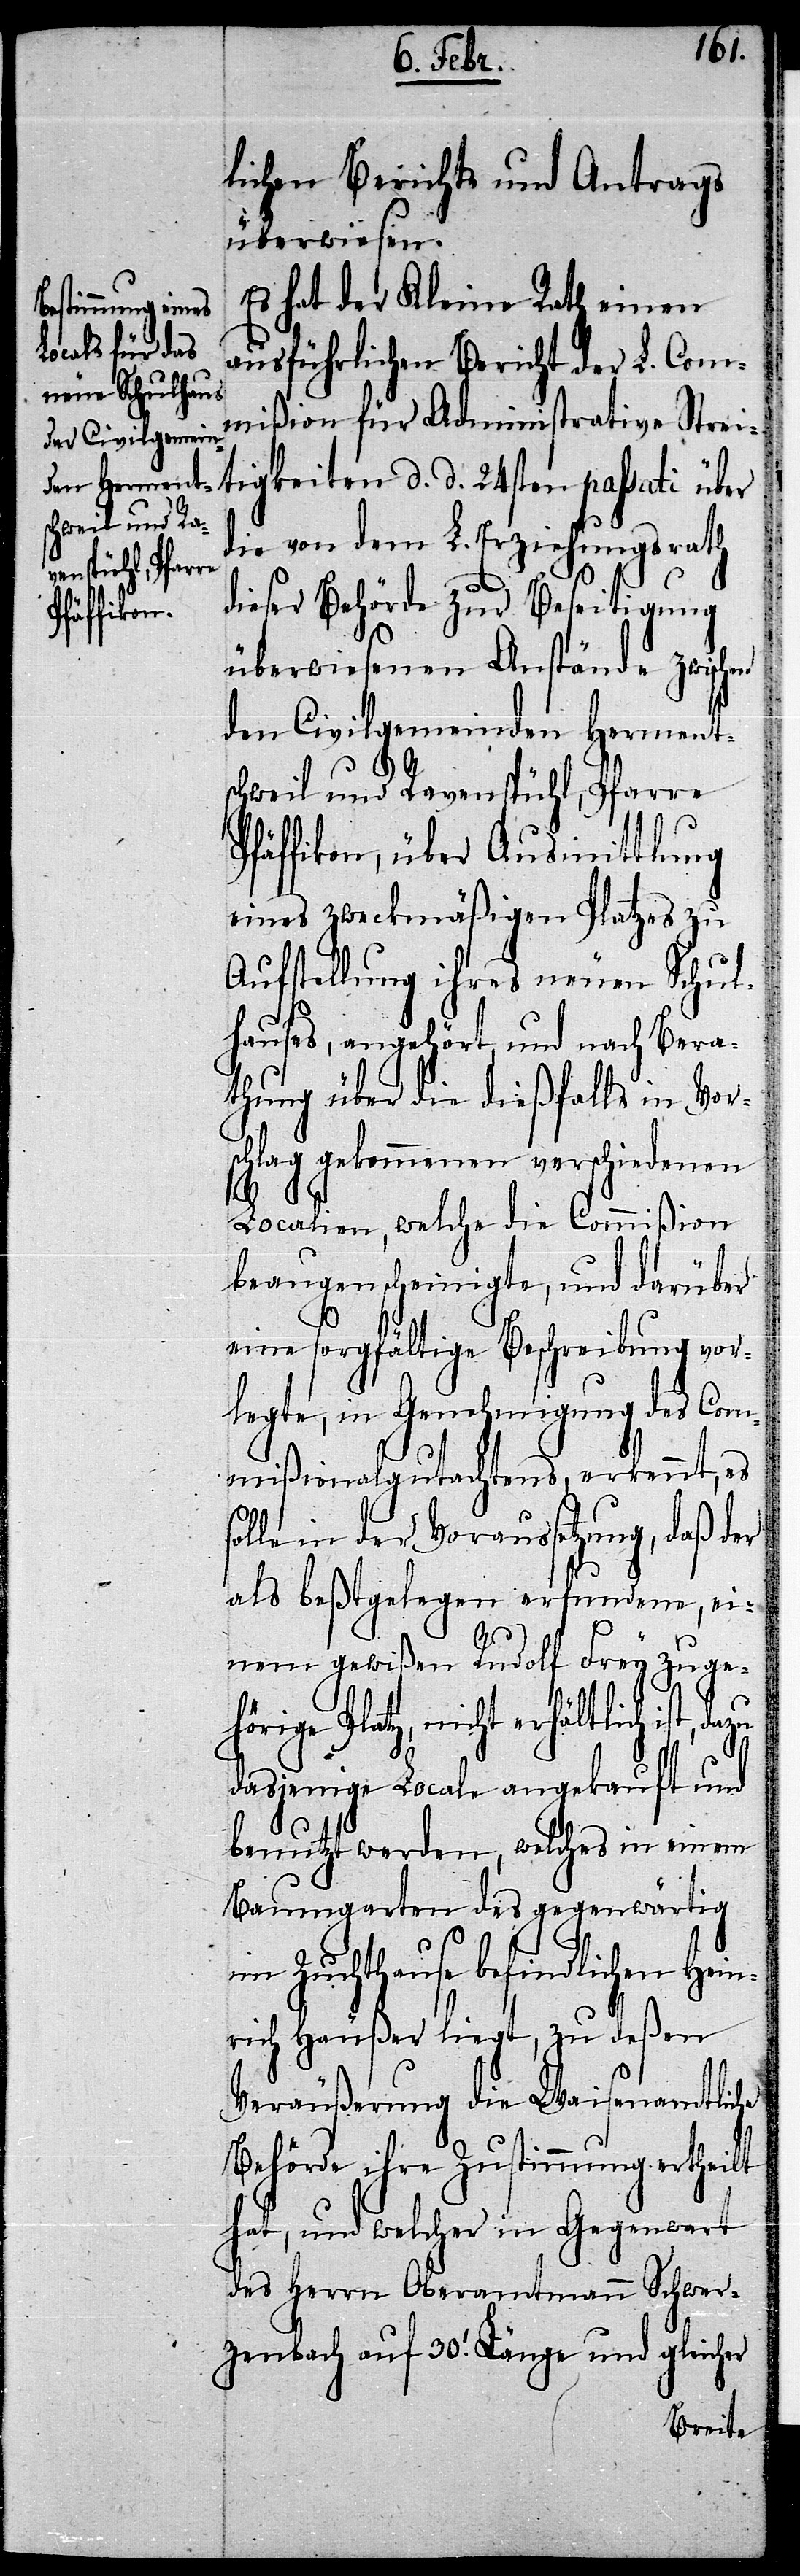
lichen Berichts und Antrags
überwiesen.
Es hat der Kleine Rath einen
tigkeiten d.
ausführlichen Bericht der L. Com¬
mißion für Administrative Strei¬
die von dem L. Erziehungsrath
dieser Behörde zur Beseitigung
überwiesenen Anstände zwischen
den Civilgemeinden Herment¬
schweil und Ravenspühl, Pfarre
Pfäffikon, über Ausmittlung
eines zweckmäßigen Platzes zu
Aufstellung ihres neuen Schul¬
hauses, angehört, und nach Bera¬
thung über die dießfalls in Vor¬
schlag gekommenen verschiedenen
Localien, welche die Commißion
beaugenscheinigte, und darüber
eine sorgfältige Beschreibung vor¬
legte, in Genehmigung des Com¬
mißionalgutachtens, erkennt, es
solle in der Voraussetzung, daß der
als beßtgelegen erfundene, ei¬
nem gewißen Rudolf Frey zuge¬
hörige Platz, nicht erhältlich ist,
dasjenige Locale angekauft und
benutzt werden, welches in einem
Baumgarten des gegenwärtig
Zuchthause befindlichen Hei¬
nrich Häußer liegt, zu deßen
Veräußerung die Waisenamtliche
Behörde ihre Zustimmung ertheilt
hat, und welcher in Gegenwart
des Herrn Oberamtmann Schwer¬
zenbach auf 30.‘ Länge und gleicher